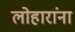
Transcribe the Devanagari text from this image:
लोहारांना